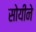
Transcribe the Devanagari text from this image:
सोयीने